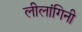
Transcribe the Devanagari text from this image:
लीलांगिनी